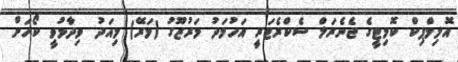
އޮލިމްޕިކް ކޮމިޓީގެ ޖެނެރަލް ސެކްރެޓަރީ އަހުމަދު މަރުޒޫގު (މަރޭ) މިއަދު ވިދާޅުވީ ކޯހަށް